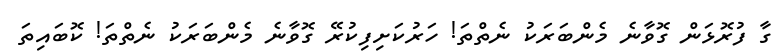
ގާ ފުރޮޅަން ގޮވާނެ މެންބަރަކު ނެތްތަ! ހަރުކަށިފިކުރޭ ގޮވާނެ މެންބަރަކު ނެތްތަ! ކޮބައިތަ